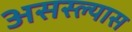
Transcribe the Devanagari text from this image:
असस्ल्यास